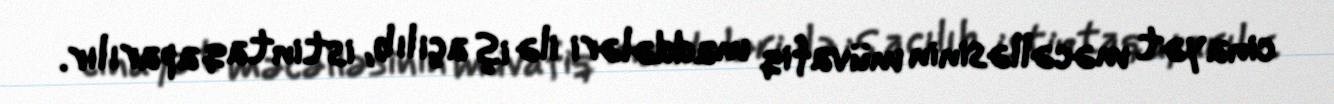
cinayət məcəlləsinin müvafiq maddələri ilə iş açılıb, istintaq aparılır.